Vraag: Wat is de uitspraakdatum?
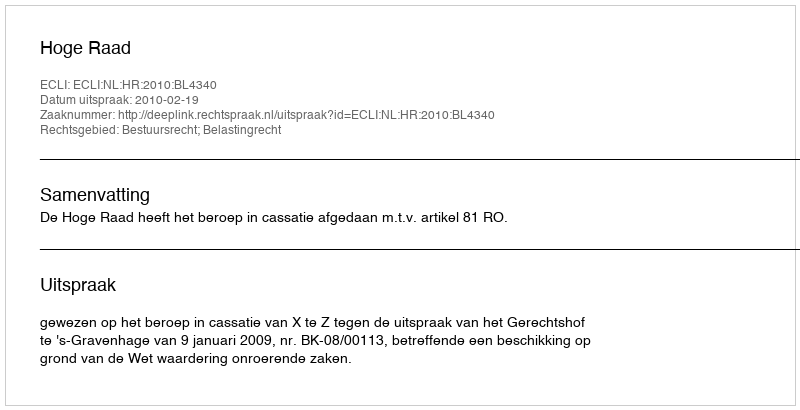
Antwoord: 2010-02-19